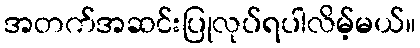
အတက်အဆင်းပြုလုပ်ရပါလိမ့်မယ်။